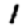
Digit: 1